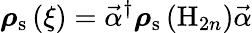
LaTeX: \boldsymbol{\rho}_{\mathrm{s}}\left(\xi\right)=\vec{\alpha}^{\dagger}\boldsymbol{\rho}_{\mathrm{s}}\left(\mathrm{H}_{2n}\right)\vec{\alpha}